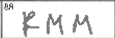
Transcription: RMM